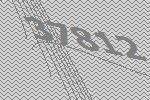
37812